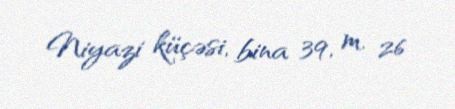
Niyazi küçəsi, bina 39, m. 26